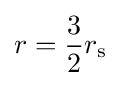
r={\frac {3}{2}}r_{\text{s}}